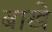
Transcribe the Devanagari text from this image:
बाखे